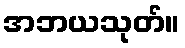
အဘယသုတ်။